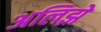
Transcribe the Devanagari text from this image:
अलिझे